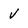
Character: V